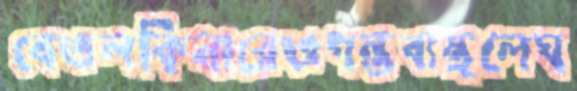
বেতলকিনারেওগন্তব্যস্থলেঘ